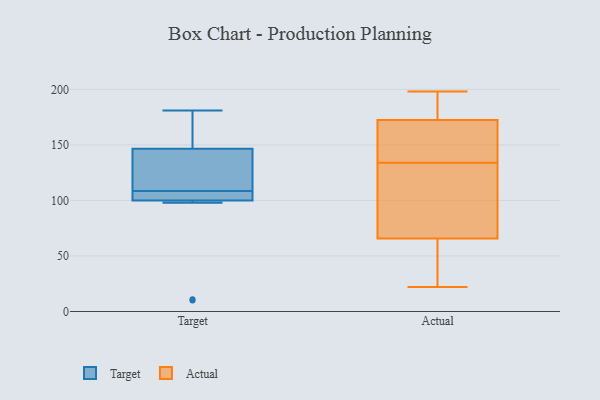
{"axis": {"x": "Headcount", "y": "Value"}, "legend": ["Actual", "Target"], "data": [{"x": "", "y": 181, "type": "Target"}, {"x": "", "y": 107, "type": "Target"}, {"x": "", "y": 102, "type": "Target"}, {"x": "", "y": 149, "type": "Target"}, {"x": "", "y": 11, "type": "Target"}, {"x": "", "y": 98, "type": "Target"}, {"x": "", "y": 103, "type": "Target"}, {"x": "", "y": 110, "type": "Target"}, {"x": "", "y": 144, "type": "Target"}, {"x": "", "y": 10, "type": "Target"}, {"x": "", "y": 118, "type": "Target"}, {"x": "", "y": 157, "type": "Target"}, {"x": "", "y": 22, "type": "Actual"}, {"x": "", "y": 163, "type": "Actual"}, {"x": "", "y": 171, "type": "Actual"}, {"x": "", "y": 108, "type": "Actual"}, {"x": "", "y": 198, "type": "Actual"}, {"x": "", "y": 134, "type": "Actual"}, {"x": "", "y": 53, "type": "Actual"}, {"x": "", "y": 181, "type": "Actual"}, {"x": "", "y": 22, "type": "Actual"}, {"x": "", "y": 104, "type": "Actual"}, {"x": "", "y": 173, "type": "Actual"}]}